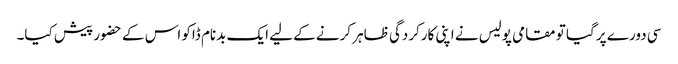
سی دورے پر گیا تو مقامی پولیس نے اپنی کارکردگی ظاہر کرنے کے لیے ایک بدنام ڈاکو اس کے حضور پیش کیا۔